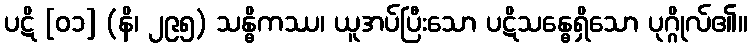
ပဋိ [၀၁] (နိ၊ ၂၉၅) သန္ဓိကဿ၊ ယူအပ်ပြီးသော ပဋိသန္ဓေရှိသော ပုဂ္ဂိုလ်၏။